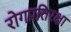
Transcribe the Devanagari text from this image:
रोगप्रतिरक्षा